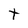
Character: t